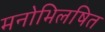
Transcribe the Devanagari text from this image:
मनोभिलषित